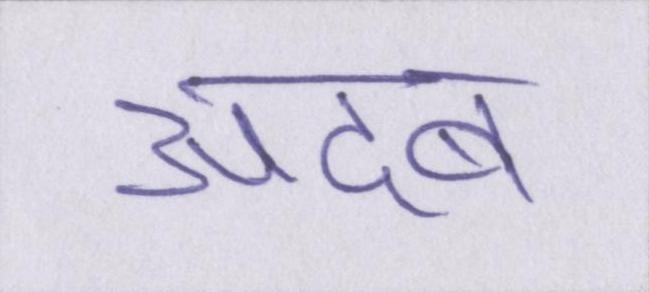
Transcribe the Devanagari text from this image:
अदब